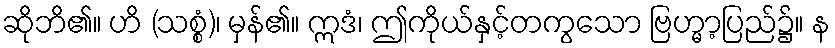
ဆိုဘိ၏။ ဟိ (သစ္စံ)၊ မှန်၏။ ဣဒံ၊ ဤကိုယ်နှင့်တကွသော ဗြဟ္မာ့ပြည်၌။ န